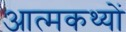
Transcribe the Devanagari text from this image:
आत्मकथ्यों